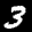
Label: 3